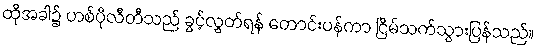
ထိုအခါ၌ ဟစ်ပိုလီတီသည် ခွင့်လွှတ်ရန် တောင်းပန်ကာ ငြိမ်သက်သွားပြန်သည်။